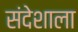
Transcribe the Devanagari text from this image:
संदेशाला